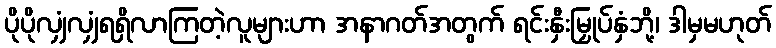
ပိုပိုလျှံလျှံရရှိလာကြတဲ့လူများဟာ အနာဂတ်အတွက် ရင်းနှီးမြှုပ်နှံဘို့၊ ဒါမှမဟုတ်